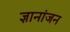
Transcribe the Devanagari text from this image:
ज्ञानांजन